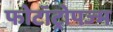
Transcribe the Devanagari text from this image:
फोटॉट्रोपज्म